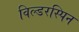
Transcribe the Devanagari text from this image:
विल्डरस्पिन